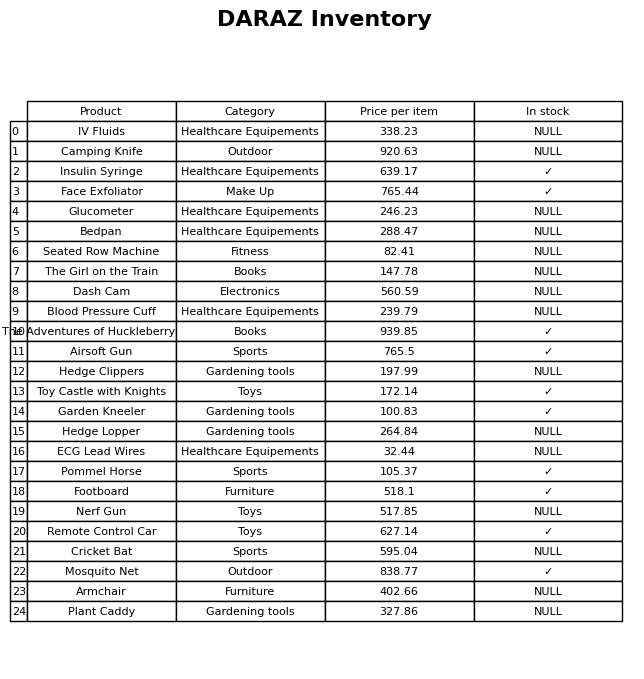
question: What is the price for Airsoft Gun?
answer: The price of Airsoft Gun is 765.5.